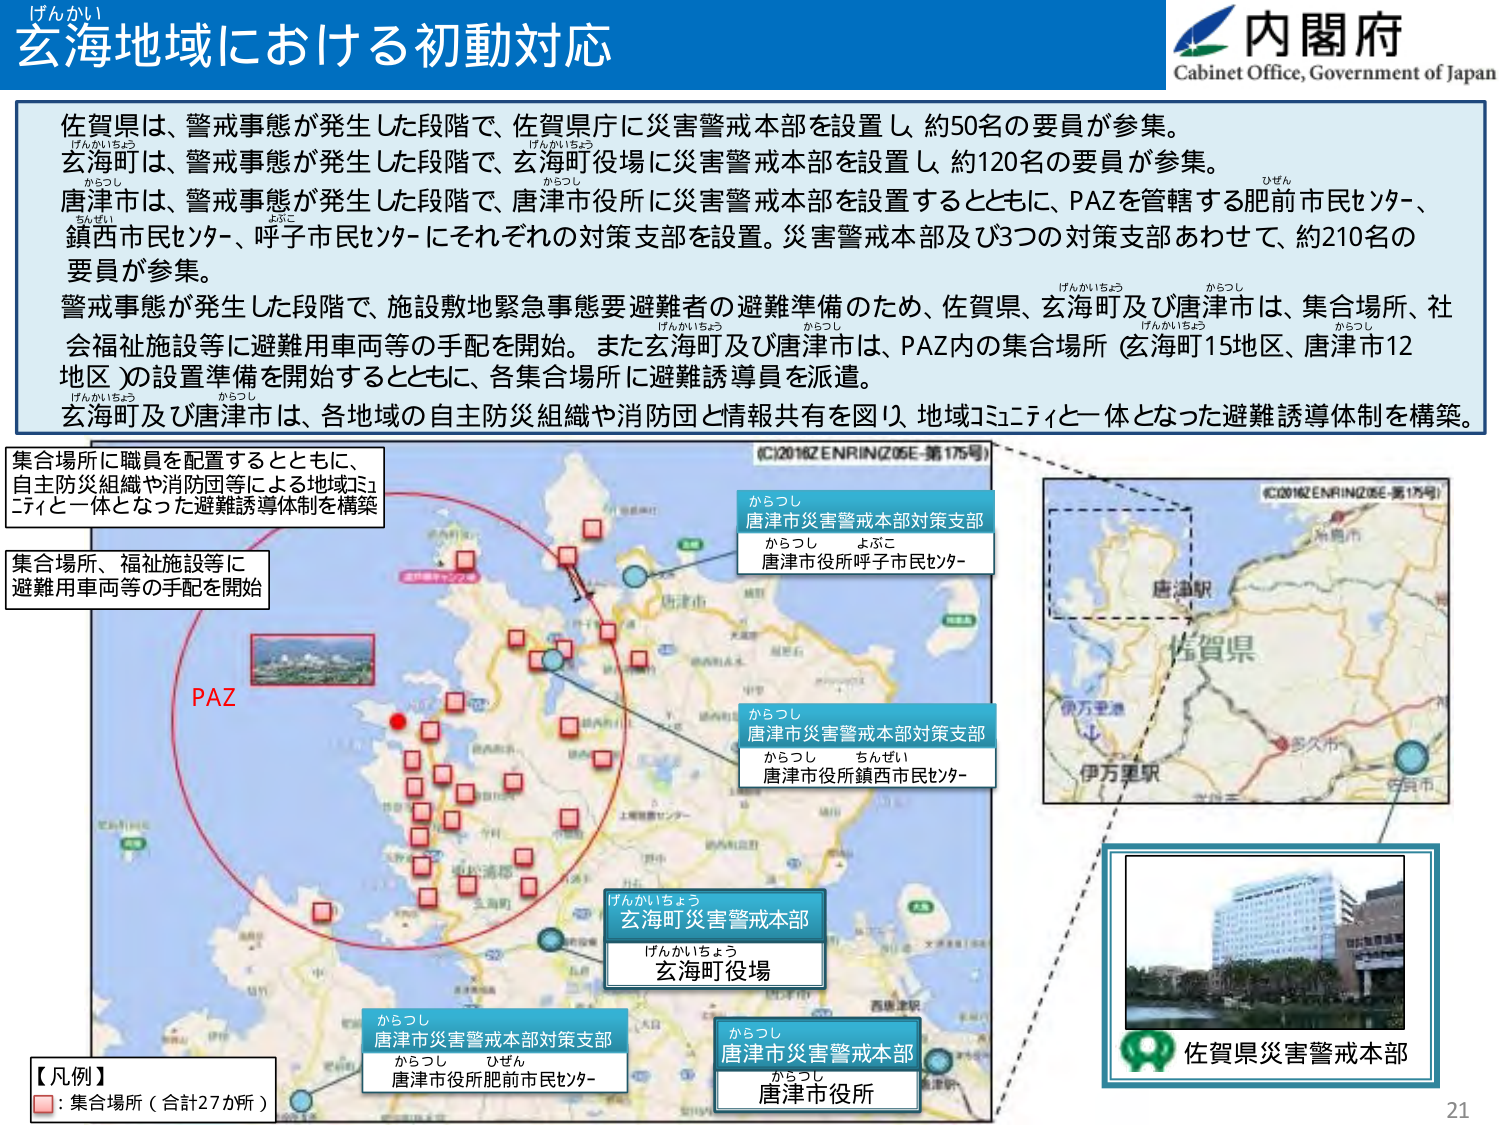
げんかい
玄海地域における初動対応

内閣府
Cabinet Office, Government of Japan

佐賀県は、警戒事態が発生した段階で、佐賀県庁に災害警戒本部を設置し、約50名の要員が参集。
げんかいちょう
玄海町は、警戒事態が発生した段階で、玄海町役場に災害警戒本部を設置し、約120名の要員が参集。
からつし
唐津市は、警戒事態が発生した段階で、唐津市役所に災害警戒本部を設置するとともに、PAZを管轄する肥前市民センター、
ちんぜい
よぶこ
鎮西市民センター、呼子市民センターにそれぞれの対策支部を設置。災害警戒本部及び3つの対策支部あわせて、約210名の
要員が参集。
げんかいちょう
からつし
警戒事態が発生した段階で、施設敷地緊急事態要避難者の避難準備のため、佐賀県、玄海町及び唐津市は、集合場所、社会福祉施設等に避難用車両等の手配を開始。また玄海町及び唐津市は、PAZ内の集合場所（玄海町15地区、唐津市12地区）の設置準備を開始するとともに、各集合場所に避難誘導員を派遣。
げんかいちょう
からつし
玄海町及び唐津市は、各地域の自主防災組織や消防団と情報共有を図り、地域コミュニティと一体となった避難誘導体制を構築。

集合場所に職員を配置するとともに、
自主防災組織や消防団等による地域コミュニティと一体となった避難誘導体制を構築

集合場所、福祉施設等に
避難用車両等の手配を開始

PAZ

からつし
唐津市災害警戒本部対策支部
からつし よぶこ
唐津市役所呼子市民センター

からつし
唐津市災害警戒本部対策支部
からつし ちんぜい
唐津市役所鎮西市民センター

げんかいちょう
玄海町災害警戒本部
げんかいちょう
玄海町役場

からつし
唐津市災害警戒本部対策支部
からつし ひぜん
唐津市役所肥前市民センター

からつし
唐津市災害警戒本部
からつし
唐津市役所

【凡例】
□：集合場所（合計27か所）

佐賀県災害警戒本部

(C)2016ZENRIN(Z05E-第175号)
(C)2016ZENRIN(Z05E-第175号)

21